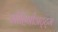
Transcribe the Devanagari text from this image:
मोहिनीअट्ट्म